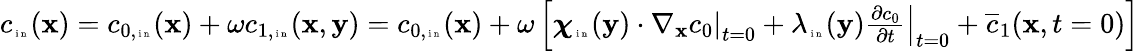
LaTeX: \begin{array}{r}{c_{\tiny\mathrm{~i~n~}}(\textbf x)=c_{0,\tiny\mathrm{~i~n~}}(\textbf x)+\omega c_{1,\tiny\mathrm{~i~n~}}(\textbf x,\mathbf y)=c_{0,\tiny\mathrm{~i~n~}}(\textbf x)+\omega\left[\boldsymbol\chi_{\tiny\mathrm{~i~n~}}(\mathbf y)\cdot\left.\nabla_{\mathbf x}c_{0}\right|_{t=0}+\lambda_{\tiny\mathrm{~i~n~}}(\mathbf y)\left.\frac{\partial c_{0}}{\partial t}\right|_{t=0}+\overline{c}_{1}(\mathbf x,t=0)\right]}\end{array}